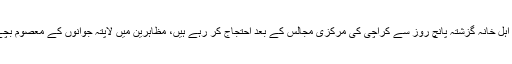
واضح رہے کہ گمشدہ شیعہ جوانوں کے اہل خانہ گزشتہ پانچ روز سے کراچی کی مرکزی مجالس کے بعد احتجاج کر رہے ہیں، مظاہرین میں لاپتہ جوانوں کے معصوم بچے ، اہلیہ اور بوڑھے ماں باپ شامل ہیں۔